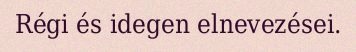
Régi és idegen elnevezései.